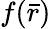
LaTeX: f({\bar{r}})